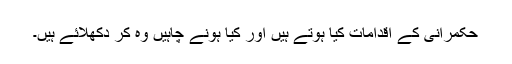
حکمرانی کے اقدامات کیا ہوتے ہیں اور کیا ہونے چاہیں وہ کر دکھلائے ہیں۔